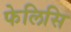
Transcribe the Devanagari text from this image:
फेलिसि